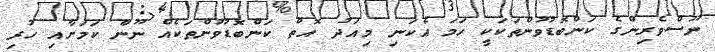
ނޫސްވެރިންގެ ކަންބޮޑުވުންތަކަކީ ހަމަ އެކަނި މިއަދު އޮތް ކަންބޮޑުވުންތަކެއް ނޫން ކަމަށާއި ހުރި